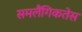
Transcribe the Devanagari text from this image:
समलैंगिकतेस